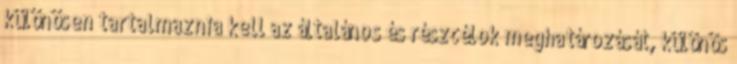
különösen tartalmaznia kell az általános és részcélok meghatározását, különös